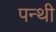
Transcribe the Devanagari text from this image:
पन्थी